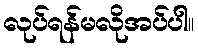
လုပ်ရန်မလိုအပ်ပါ။